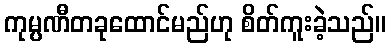
ကုမ္ပဏီတခုထောင်မည်ဟု စိတ်ကူးခဲ့သည်။